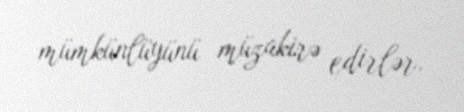
mümkünlüyünü müzakirə edirlər.